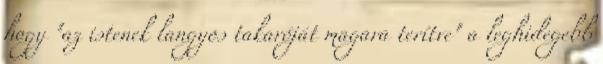
hogy "az istenek langyos takaróját magara terítve" a leghidegebb